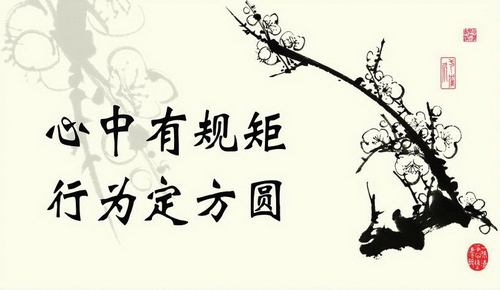
道也者，不可须臾离也可离，非道也。是故君子戒慎乎其所不睹，恐惧乎其所不闻。